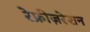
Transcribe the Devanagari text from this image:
रेफ्रीज़रेशन